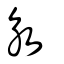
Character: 永